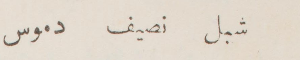
شبل نصيف دموس